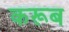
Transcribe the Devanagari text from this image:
करूब